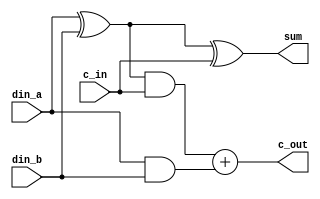
`timescale 1ns/10ps

module full_adder(
    din_a,
    din_b,
    c_in,
    sum,
    c_out
);

input din_a;
input din_b;
input c_in;

output sum;
output c_out;

assign sum = (din_a ^ din_b) ^ c_in;
assign c_out = ((din_a ^ din_b) & c_in) + (din_a & din_b);

endmodule